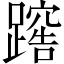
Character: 𨅻